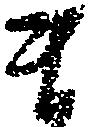
ま